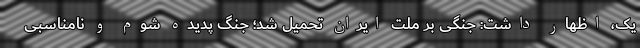
یک، اظهار داشت: جنگی بر ملت ایران تحمیل شد؛ جنگ پدیده شوم و نامناسبی